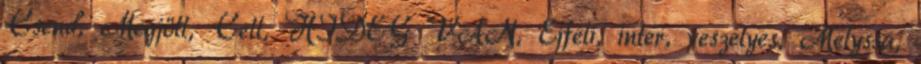
Csend, Megjött, Cell, HIDEG VAN, Éjféli, inter, veszélyes, Melyssa,